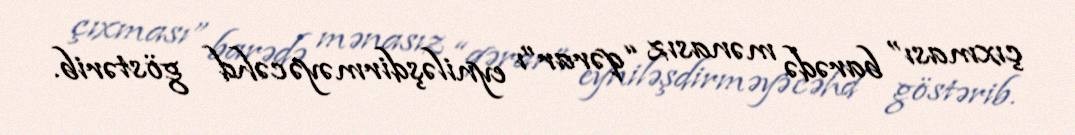
çıxması” barədə mənasız “qərar”ı eyniləşdirməyə cəhd göstərib.